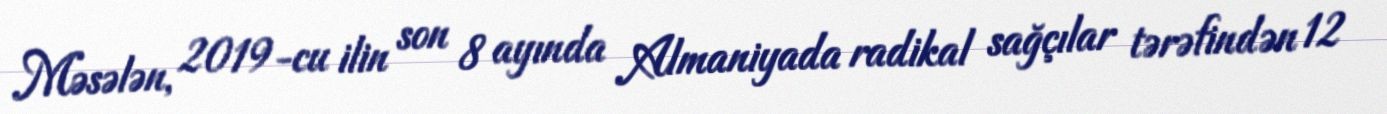
Məsələn, 2019-cu ilin son 8 ayında Almaniyada radikal sağçılar tərəfindən 12